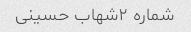
شماره ۲شهاب حسینی